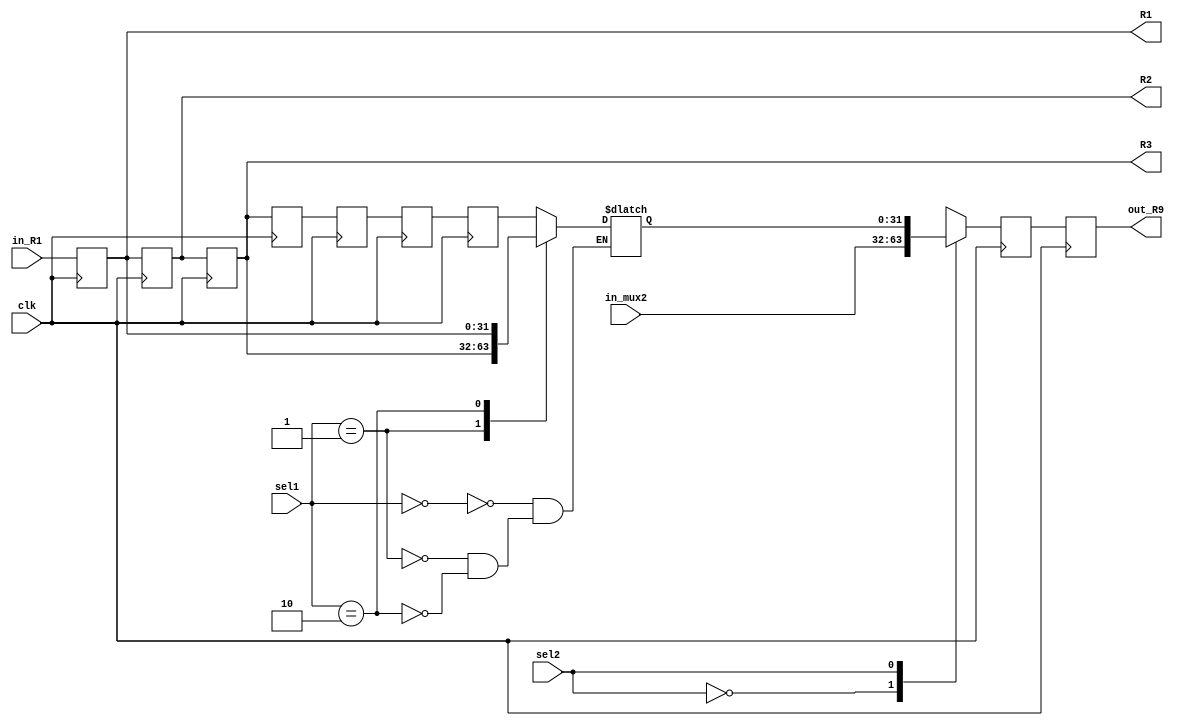
// Universidade Estadual de Feira de Santana
// Module: PD_REG.v
// Desc:   modulo com entrada duas entradas de 32bits. Esse modulo funciona para armazenar os valores advindos da entrada e os processados pelo bloco F0_F1, para ser posteriormente utilizados.
// Inputs: in_mux2: valor 32-bits
//         in_R1: valor 32-bits
// Outputs:
// Out: out_R9: 32 bits saida para o PD3.

module PD_REG(input [31:0] in_mux2, input [1:0] sel1, input sel2, input [31:0] in_R1, input clk,
output reg [31:0] out_R9, output reg [31:0] R1, output reg [31:0] R2, output reg [31:0] R3);


reg [31:0] R4;
reg [31:0] R5;
reg [31:0] R6;
reg [31:0] R7;
reg [31:0] R8;
reg [31:0] out_mux;
reg [31:0] out_mux2;

always @(*) begin 
	case (sel1)
	   2'b00: begin 
	     out_mux = R7; 
	   end 
	   2'b01: begin 
	     out_mux = R3;
	   end
	   2'b10: begin 
	     out_mux = R1;
	   end
	endcase 
end

always @(*) begin 
	case (sel2)
	   1'b0: begin 
	     out_mux2 = in_mux2; 
	   end 
	   1'b1: begin 
	     out_mux2 = out_mux;
	   end
	endcase 
end  

always @ (posedge clk)
 begin
    R1 <= in_R1;
	 R2 <= R1;
	 R3 <= R2;
	 R4 <= R3;
	 R5 <= R4;
	 R6 <= R5;
	 R7 <= R6;
	 R8 <= out_mux2;
	 out_R9 <= R8;
	 
 end

endmodule